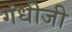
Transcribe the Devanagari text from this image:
गंधीजी